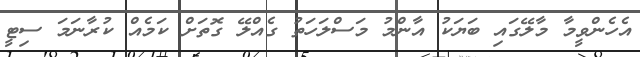
އެހެންވީމާ މާލޭގައި ބަޔަކު އާންމު މަސްލަހަތު ގެއްލޭ ގޮތަށް ކަމެއް ކުރާނަމަ ސިޓީ